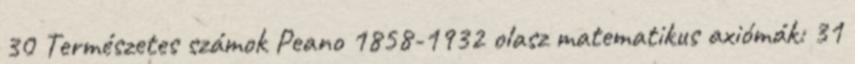
30 Természetes számok Peano 1858-1932 olasz matematikus axiómák: 31